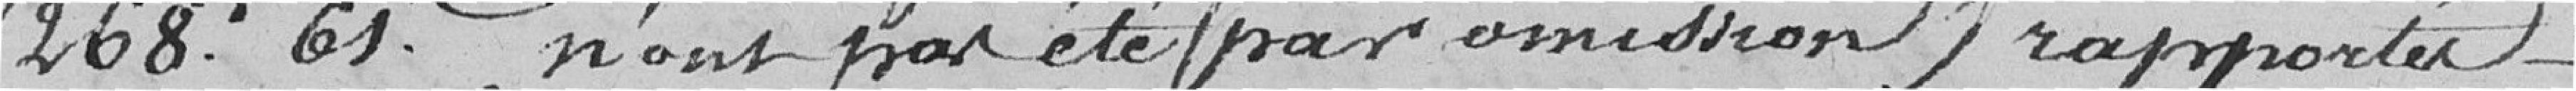
268,61 n'ont pas été (par omission) rapportés